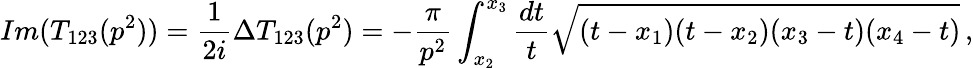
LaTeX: Im(T_{123}(p^{2}))=\frac{1}{2i}\Delta T_{123}(p^{2})=-\frac{\pi}{p^{2}}\int_{x_{2}}^{x_{3}}{\frac{dt}{t}}\sqrt{(t-x_{1})(t-x_{2})(x_{3}-t)(x_{4}-t)}\, ,